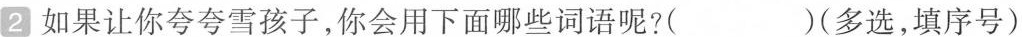
2如果让你夸夸雪孩子，你会用下面哪些词语呢?( )(多选，填序号)